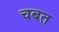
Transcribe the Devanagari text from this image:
चबत